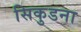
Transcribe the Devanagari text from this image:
सिकुडना